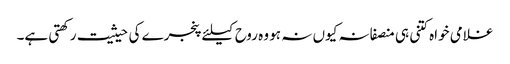
غلامی خواہ کتنی ہی منصفانہ کیوں نہ ہو وہ روح کیلئے پنجرے کی حیثیت رکھتی ہے۔